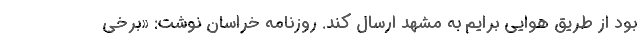
بود از طریق هوایی برایم به مشهد ارسال کند. روزنامه خراسان نوشت: «برخی